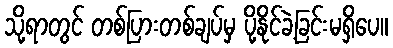
သို့ရာတွင် တစ်ပြားတစ်ချပ်မှ ပို့နိုင်ခဲ့ခြင်းမရှိပေ။